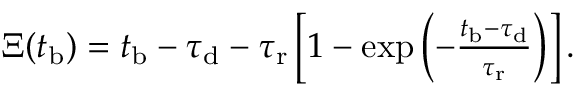
\begin{array} { r } { \Xi ( t _ { \mathrm { b } } ) = t _ { \mathrm { b } } - \tau _ { \mathrm { d } } - \tau _ { \mathrm { r } } \left[ 1 - \exp \left( - \frac { t _ { \mathrm { b } } - \tau _ { \mathrm { d } } } { \tau _ { \mathrm { r } } } \right) \right] . } \end{array}